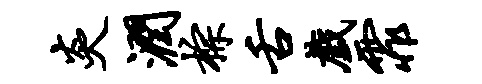
炎润棕舌戏霏